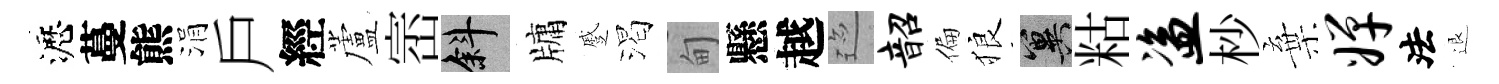
瀝蔓熊涓戶經蘆崈斜牗蹙渴甸懸越迹韶偏狼冀䊀盗杪棄婵法退